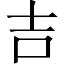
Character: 吉